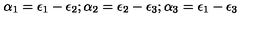
\alpha _ { 1 } = \epsilon _ { 1 } - \epsilon _ { 2 } ; \alpha _ { 2 } = \epsilon _ { 2 } - \epsilon _ { 3 } ; \alpha _ { 3 } = \epsilon _ { 1 } - \epsilon _ { 3 }